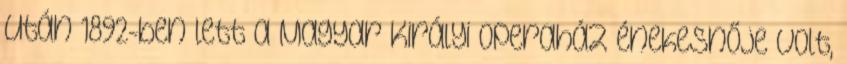
után 1892-ben lett a Magyar Királyi Operaház énekesnője volt,